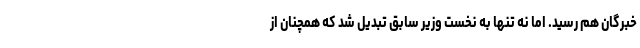
خبرگان هم رسید. اما نه تنها به نخست وزیر سابق تبدیل شد که همچنان از